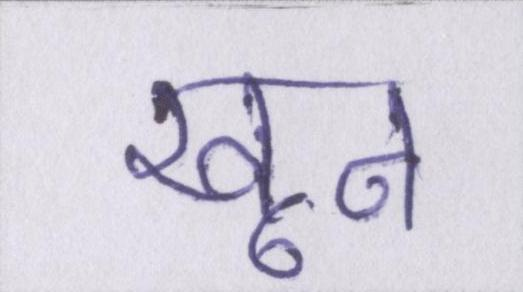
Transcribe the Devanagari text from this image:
खून